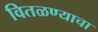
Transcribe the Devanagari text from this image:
वितळण्याचा